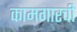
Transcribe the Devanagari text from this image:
कामगारची